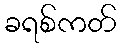
ခရစ်ကတ်